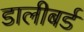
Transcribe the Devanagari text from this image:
डालीबर्ड